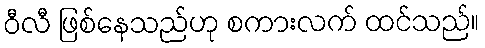
ဝီလီ ဖြစ်နေသည်ဟု စကားလက် ထင်သည်။